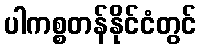
ပါကစ္စတန်နိုင်ငံတွင်